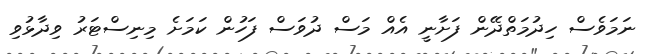
ނަމަވެސް ހިދުމަތްދޭން ފަށާނީ އެއް މަސް ދުވަސް ފަހުން ކަމަށެ މިނިސްޓަރު ވިދާޅުވި